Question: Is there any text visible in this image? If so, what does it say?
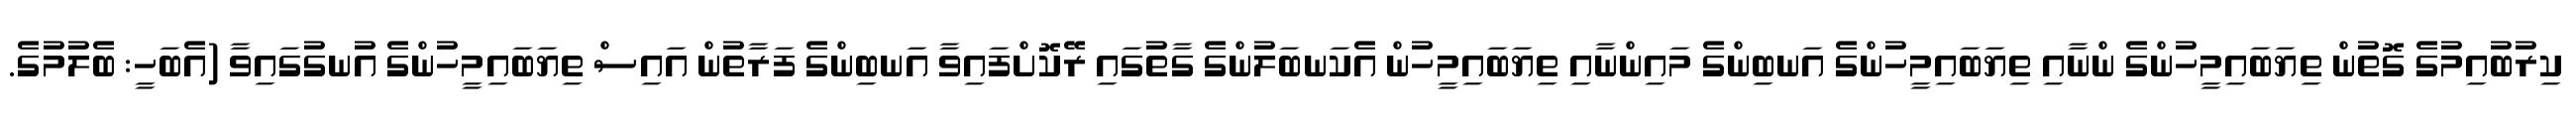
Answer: ކިރުބުއިމުގެ ގޮތުން ތިޔަބައިމީހުންގެ ންނާއި ތިޔަބައިމީހުންގެ އަނބިންގެ މައިންނާއި ތިޔަބައިމީހުން އެކަނބަލުންގެ ގާތުގައި ރޭކޮށްފައިވާ އަނބިންގެ ފަރާތުން އައިސް ތިޔަބައިމީހުންގެ އުނގުގައިވާ (އެބަހީ: ބެލުމުގެ.